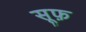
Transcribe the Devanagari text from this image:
सूफ़